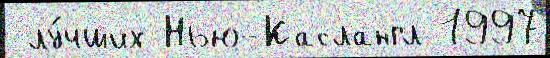
 лу́чших Нью-Каслангл 1997